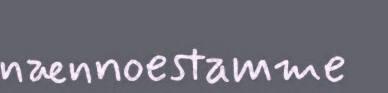
nænnoestamme